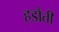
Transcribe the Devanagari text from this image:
हडौती